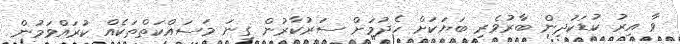
ވާ އިރު ކުޑަކުދިން ބާރުވެރި ބަޔަކަށް ހެދުމަށް ސަރުކާރުން ގިނަ މަސައްކަތްތަކެއް ކުރައްވަމުން